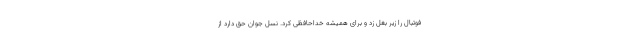
فوتبال را زیر بغل زد و برای همیشه خداحافظی کرد. نسل جوان حق دارد از